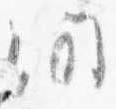
間